Vaccination report Assam 1896-1927 - 1896-1927
Year: 1896
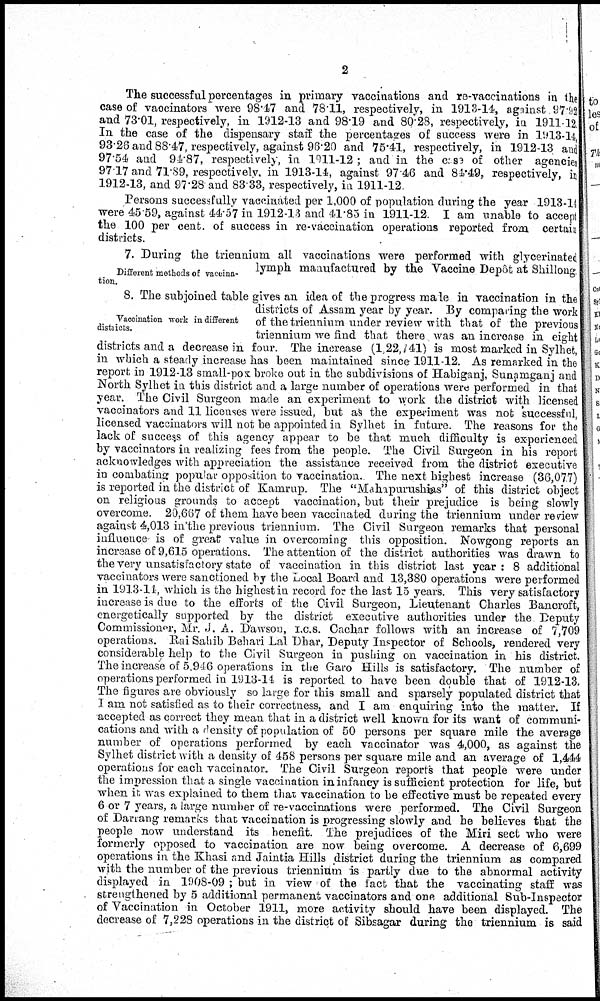
2
The successful percentages in primary vaccinations and re-vaccinations in the
case of vaccinators were 98.47 and 78.11, respectively, in 1913-14, against 97.92
and 73.01, respectively, in 1912-13 and 98.19 and 80.28, respectively, in 1911-12.
In the case of the dispensary staff the percentages of success were in 1913-14,
93.28 and 88.47, respectively, against 96.20 and 75.41, respectively, in 1912-13 and
97.54 and 94.87, respectively, in 1911-12 ; and in the case of other agencies
97.17 and 71.89, respectively in 1913-14, against 97 46 and 84.49, respectively, in
1912-13, and 97.28 and 83.33, respectively, in 1911-12
Persons successfully vaccinated per 1,000 of population during the year 1913-14
were 45.59, against 44.57 in 1912-13 and 41.85 in 1911-12. I am unable to accept
the 100 per cent. of success in re-vaccination operations reported from certain
districts.
Different methods of vaccina-
tion.
7. During the triennium all vaccinations were performed with glycerinated
lymph manufactured by the Vaccine Depôt at Shillong.
Vaccination work in different
districts.
8. The subjoined table gives an idea of the progress made in vaccination in the
districts of Assam year by year. By comparing the work
of the triennium under review with that of the previous
triennium we find that there was an increase in eight
districts and a decrease in four. The increase (1,22,741) is most marked in Sylhet,
in which a steady increase has been maintained since 1911-12. As remarked in the
report in 1912-13 small-pox broke out in the subdivisions of Habiganj, Sunamganj and
North Sylhet in this district and a large number of operations were performed in that
year. The Civil Surgeon made an experiment to work the district with licensed
vaccinators and 11 licenses were issued, but as the experiment was not successful,
licensed vaccinators will not be appointed in Sylhet in future. The reasons for the
lack of success of this agency appear to be that much difficulty is experienced
by vaccinators in realizing fees from the people. The Civil Surgeon in his report
acknowledges with appreciation the assistance received from the district executive
in combating popular opposition to vaccination. The next highest increase (36,077)
is reported in the district of Kamrup. The "Mahapurushias" of this district object
on religious grounds to accept vaccination, but their prejudice is being slowly
overcome. 20,667 of them have been vaccinated during the triennium under review
against 4,013 in the previous triennium. The Civil Surgeon remarks that personal
influence is of great value in overcoming this opposition. Nowgong reports an
increase of 9,615 operations. The attention of the district authorities was drawn to
the very unsatisfactory state of vaccination in this district last year: 8 additional
vaccinators were sanctioned by the Local Board and 13,380 operations were performed
in 1913-14, which is the highest in record for the last 15 years. This very satisfactory
increase is due to the efforts of the Civil Surgeon, Lieutenant Charles Bancroft,
energetically supported by the district executive authorities under the Deputy
Commissioner, Mr. J. A. Dawson, I.C.S. Cachar follows with an increase of 7,709
operations. Rai Sahib Behari Lal Dhar, Deputy Inspector of Schools, rendered very
considerable help to the Civil Surgeon in pushing on vaccination in his district.
The increase of 5,946 operations in the Garo Hills is satisfactory. The number of
operations performed in 1913-14 is reported to have been double that of 1912-13.
The figures are obviously so large for this small and sparsely populated district that
I am not satisfied as to their correctness, and I am enquiring into the matter. If
accepted as correct they mean that in a district well known for its want of communi-
cations and with a density of population of 50 persons per square mile the average
number of operations performed by each vaccinator was 4,000, as against the
Sylhet district with a density of 458 persons per square mile and an average of 1,444
operations for each vaccinator. The Civil Surgeon reports that people were under
the impression that a single vaccination in infancy is sufficient protection for life, but
when it was explained to them that vaccination to be effective must be repeated every
6 or 7 years, a large number of re-vaccinations were performed. The Civil Surgeon
of Darrang remarks that vaccination is progressing slowly and he believes that the
people now understand its benefit. The prejudices of the Miri sect who were
formerly opposed to vaccination are now being overcome. A decrease of 6,699
operations in the Khasi and Jaintia Hills district during the triennium as compared
with the number of the previous triennium is partly due to the abnormal activity
displayed in 1908-09 ; but in view of the fact that the vaccinating staff was
strengthened by 5 additional permanent vaccinators and one additional Sub-Inspector
of Vaccination in October 1911, more activity should have been displayed. The
decrease of 7,228 operations in the district of Sibsagar during the triennium is said